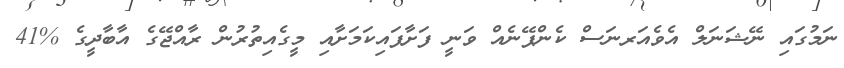
ނަމުގައި ނޭޝަނަލް އެވެއަރނަސް ކެންޕޭނެއް ވަނީ ފަށާފައިކަމަށާއި މީގެއިތުރުން ރާއްޖޭގެ އާބާދީގެ %41